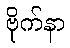
ဗိုက်နာ